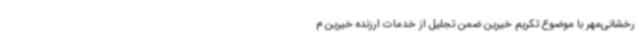
رخشانی‌مهر با موضوع تکریم خیرین ضمن تجلیل از خدمات ارزنده خیرین م